Scientific memoirs by medical officers of the Army of India - Part XII,
Year: 1901
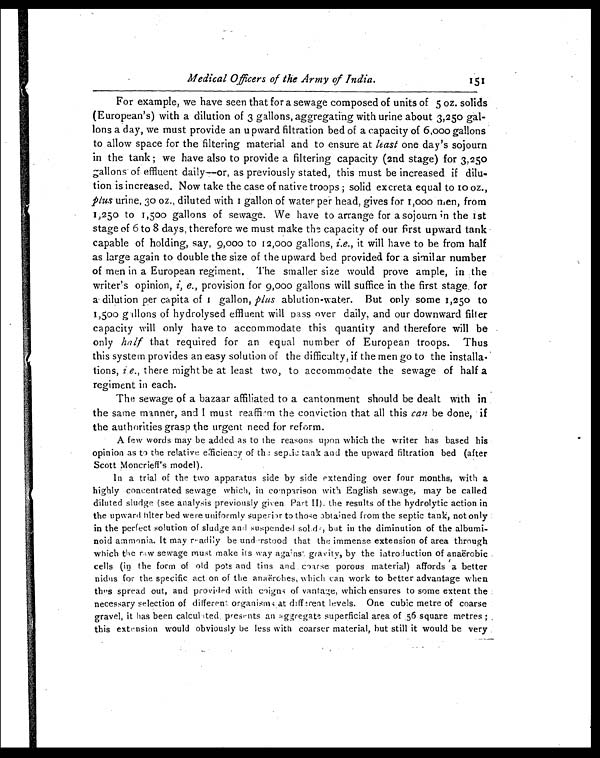
Medical Officers of the Army of India.
For example, we have seen that for a sewage composed of units of 5 oz. solids
(European's) with a dilution of 3 gallons, aggregating with urine about 3,250 gal
-lons a day, we must provide an upward filtration bed of a capacity of 6,000 gallons
to allow space for the filtering material and to ensure at least one day's sojourn
in the tank; we have also to provide a filtering capacity (2nd stage) for 3,250
gallons of effluent daily—or, as previously stated, this must be increased if dilu
-tion is increased. Now take the case of native troops; solid excreta equal to 10 oz.,
plus urine, 30 oz., diluted with I gallon of water per head, gives for 1,000 men, from
1,250 to 1,500 gallons of sewage. We have to arrange for a sojourn in the I st
stage of 6 to 8 days, therefore we must make the capacity of our first upward tank
capable of holding, say, 9,000 to 12,000 gallons, i. e., it will have to be from half
as large again to double the size of the upward bed provided for a similar number
of men in a European regiment. The smaller size would prove ample, in the
writer's opinion, i,e., provision for 9,000 gallons will suffice in the first stage for
a dilution per capita of 1g a l l o n ,
p l u s
a b l u t i o n - w a t e r . B u t o n l y s o m e 1 , 2 5 0 t o
1,500 gallons of hydrolysed effluent will pass over daily, and our downward filter
capacity will only have to accommodate this quantity and therefore will be
only half that required for an equal number of European troops. Thus
this system provides an easy solution of the difficulty, if the men go to the installa
-tions, i. e., there might be at least two, to accommodate the sewage of half a
regiment in each.
The sewage of a bazaar affiliated to a cantonment should be dealt with in
the same manner, and I must reaffirm the conviction that all this can be done, if
the authorities grasp the urgent need for reform.
A few words may be added as to the reasons upon which the writer has based his
opinion as to the relative efficiency of the septic tank and the upward filtration bed (after
Scott Moncrieff's model).
In a trial of the two apparatus side by side extending over four months, with a
highly concentrated sewage which, in comparison with English sewage, may be called
diluted sludge (see analysis previously given Part II). the results of the hydrolytic action in
t he upward fi l t er bed were uni forml y superi or t o t h o s e o b t a i n e d f r o m t h e s e p t i c t a n k , n o t o n l y
in the perfect solution of sludge and suspended sold, but in the diminution of the albumi
- n o i d a m m o n i a . I t m a y r e a d i l y b e u n d e r s t o o d t h a t t h e i m m e n s e e x t e n s i o n o f a r e a t h r o u g h
which the raw sewage must make its way against gravity, by the introduction of anaërobic
cells (in the form of old pots and tins and coarse porous material) affords a better
nidus for the specific action of the anaërobes, which can work to better advantage when
thus spread out, and provided with coigns of vantage, which ensures to some extent the
necessary selection of different organisms at different levels. One cubic metre of coarse
gravel, it has been calculated presents an aggregate superficial area of 56 square metres;
this extension would obviously be less with coarser material, but still it would be very
151